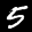
Label: 5